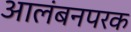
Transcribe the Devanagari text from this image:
आलंबनपरक